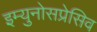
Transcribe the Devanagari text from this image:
इम्युनोसप्रेसिव